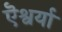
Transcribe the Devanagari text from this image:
ऎश्वर्या